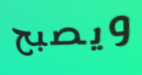
ويصبح